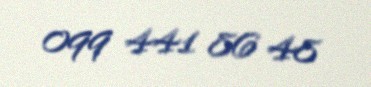
099 441 86 48